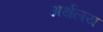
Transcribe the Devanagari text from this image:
अर्थलय